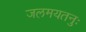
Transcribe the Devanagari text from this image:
जलमयतनुः